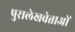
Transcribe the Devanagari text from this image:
पुरालेखवेत्ताओं